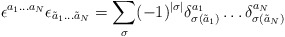
\begin{align*}\epsilon^{a_1\dots a_N}\epsilon_{\tilde a_1 \dots \tilde a_N}= \sum_{\sigma} (-1)^{|\sigma|} \delta^{a_1}_{\sigma(\tilde a_1)}\dots\delta^{a_{N}} _{\sigma(\tilde a_N)}\end{align*}